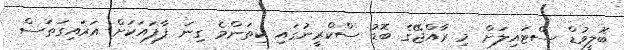
ބޮލީވުޑް ސްޓައިލަށް މި ރާއްޖޭގެ ބޮޑު ސްކްރީނުގައި ކިތަންމެ ގިނަ ފާފައަކަށް އަރައިގަތަސް